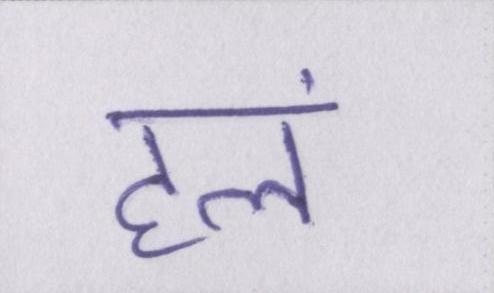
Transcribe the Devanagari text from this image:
हलं